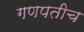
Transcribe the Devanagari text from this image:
गणपतीच